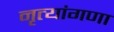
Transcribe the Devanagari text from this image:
नृत्यांगणा